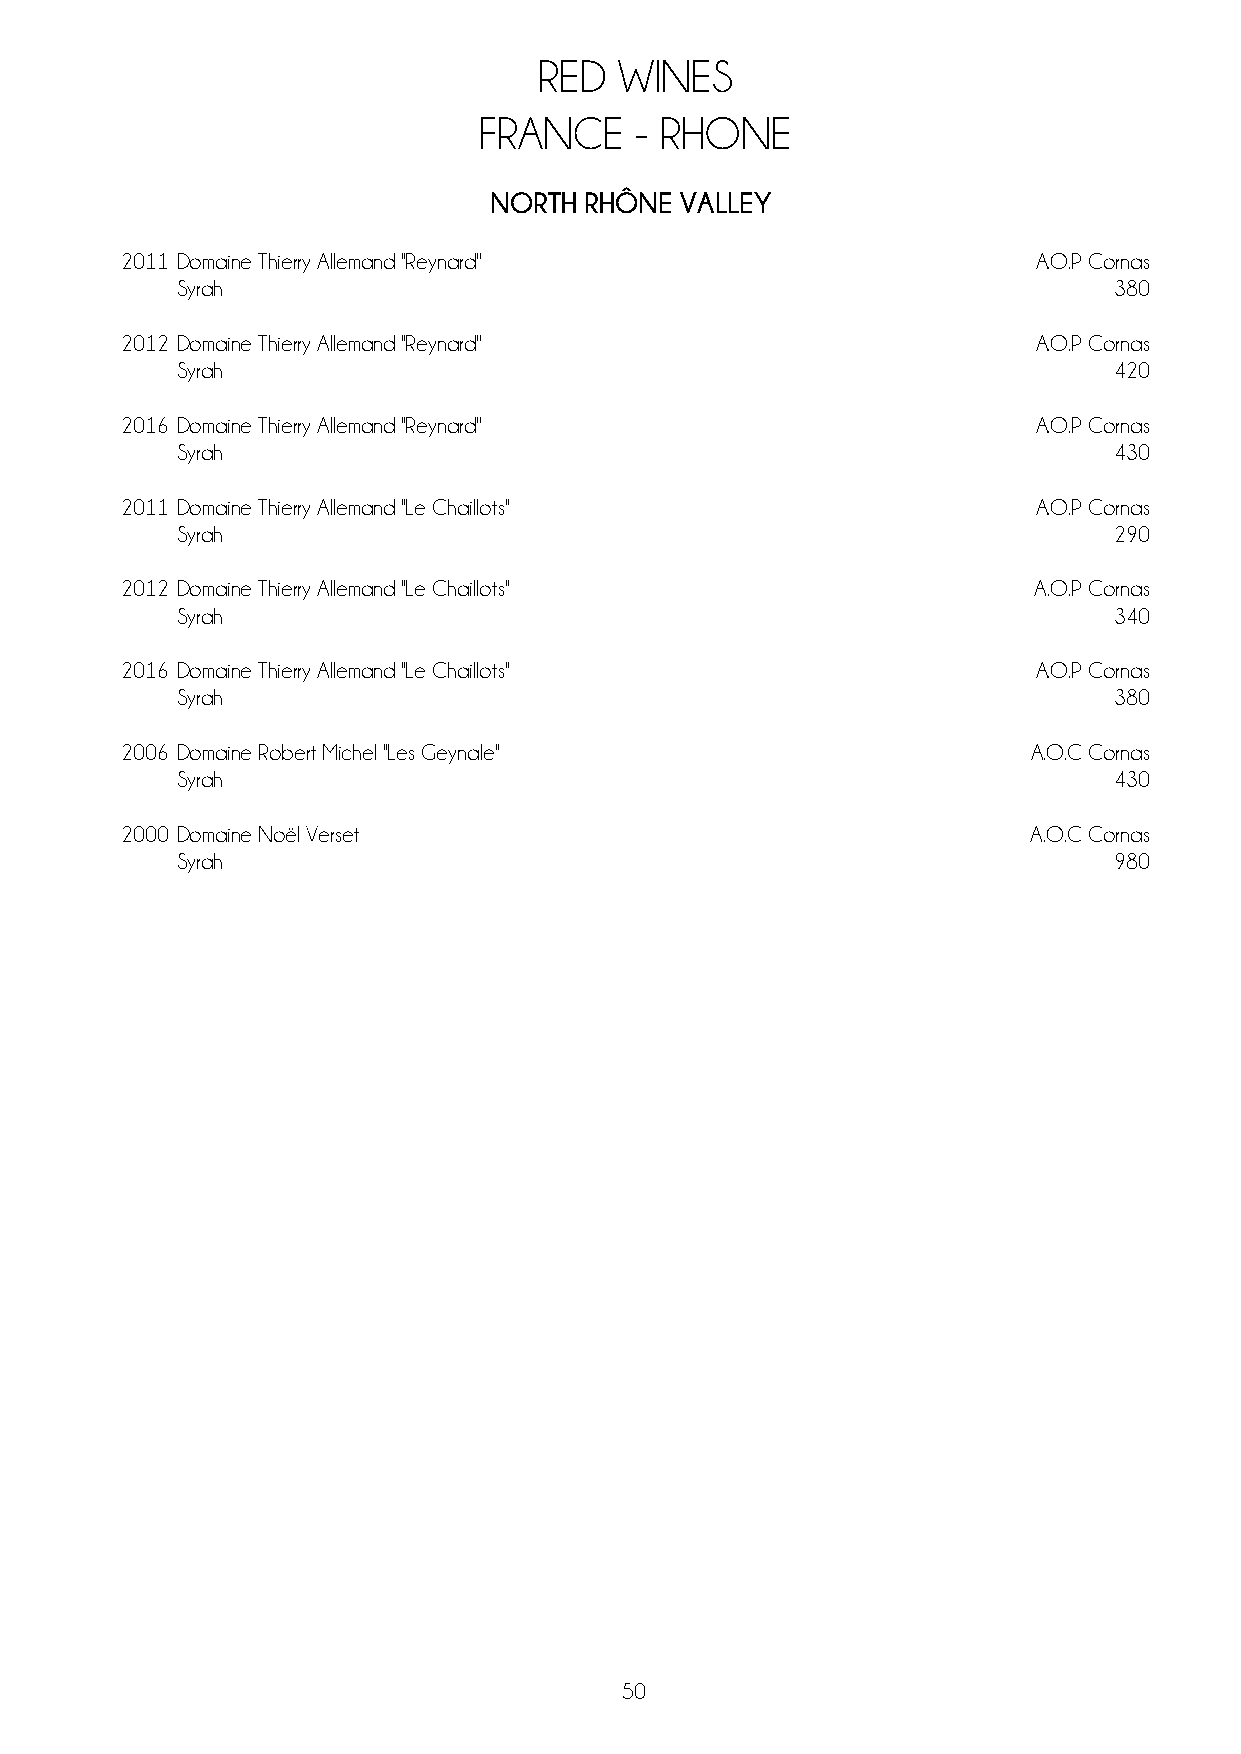
RED  WINES
 FRANCE    - RHONE
 NORTH  RHÔNE VALLEY
 2011 Domaine Thierry Allemand ''Reynard''                    A.O.P Cornas
 Syrah                                                         380
 2012 Domaine Thierry Allemand ''Reynard''                    A.O.P Cornas
 Syrah                                                         420
 2016 Domaine Thierry Allemand ''Reynard''                    A.O.P Cornas
 Syrah                                                         430
 2011 Domaine Thierry Allemand ''Le Chaillots''               A.O.P Cornas
 Syrah                                                         290
 2012 Domaine Thierry Allemand ''Le Chaillots''               A.O.P Cornas
 Syrah                                                         340
 2016 Domaine Thierry Allemand ''Le Chaillots''               A.O.P Cornas
 Syrah                                                         380
 2006 Domaine Robert Michel ''Les Geynale''                  A.O.C Cornas
 Syrah                                                         430
 2000 Domaine Noël Verset                                    A.O.C Cornas
 Syrah                                                         980
 50